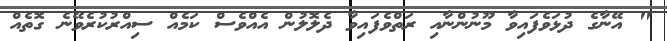
" އޭނާގެ ދުޅަވެފައިވާ މޫނުންނާއި ރަތްވެފައިވާ ދެލޮލުން އެއްވެސް ކަމެއް ސިއްރުކުރެވޭނެ ގޮތެއް